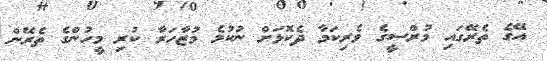
އޭގެ ތެރޭގައި މުރްސީގެ ވެރިކަމާ ދެކޮޅަށް ނުކުމެ މުޒާހަރާ ކުރި މީހުންގެ ތެރޭން